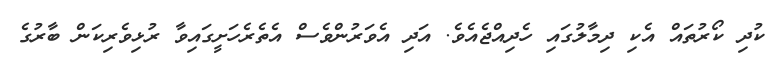
ކުދި ކޯރުތައް އެކި ދިމާލުގައި ހެދިއްޖެއެވެ. އަދި އެވަރުންވެސް އެތެރެހަށީގައިވާ ރުޅިވެރިކަން ބާރުގެ